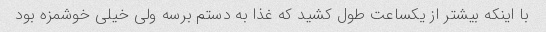
با اینکه بیشتر از یکساعت طول کشید که غذا به دستم برسه ولی خیلی خوشمزه بود